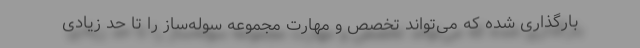
بارگذاری شده که می‌تواند تخصص و مهارت مجموعه سوله‌ساز را تا حد زیادی